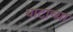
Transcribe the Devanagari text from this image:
थाटाच्या